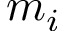
m _ { i }